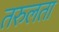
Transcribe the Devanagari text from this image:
तरुलता